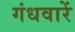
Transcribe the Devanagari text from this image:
गंधवारें